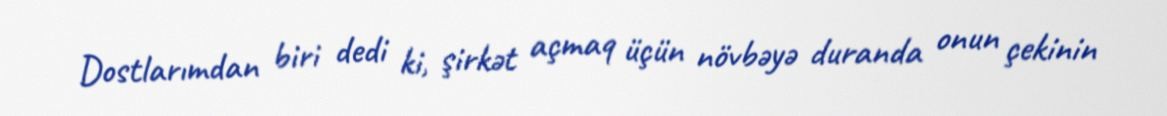
Dostlarımdan biri dedi ki, şirkət açmaq üçün növbəyə duranda onun çekinin